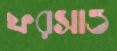
ফরসাও